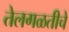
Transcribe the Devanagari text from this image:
तेलगळतीचे